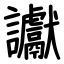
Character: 讞